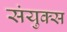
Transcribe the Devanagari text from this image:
संयुक्स